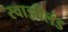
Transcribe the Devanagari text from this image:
स्वाझीलंड